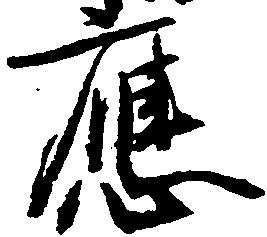
応